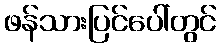
ဖန်သားပြင်ပေါ်တွင်